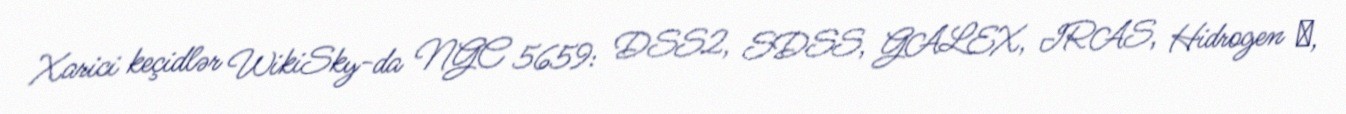
Xarici keçidlər WikiSky-da NGC 5659: DSS2, SDSS, GALEX, IRAS, Hidrogen α,